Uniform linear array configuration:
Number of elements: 4
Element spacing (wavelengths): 0.25
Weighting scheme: kaiser
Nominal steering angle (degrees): -45
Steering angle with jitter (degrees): -44.215
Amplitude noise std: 0.05
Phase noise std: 0.05

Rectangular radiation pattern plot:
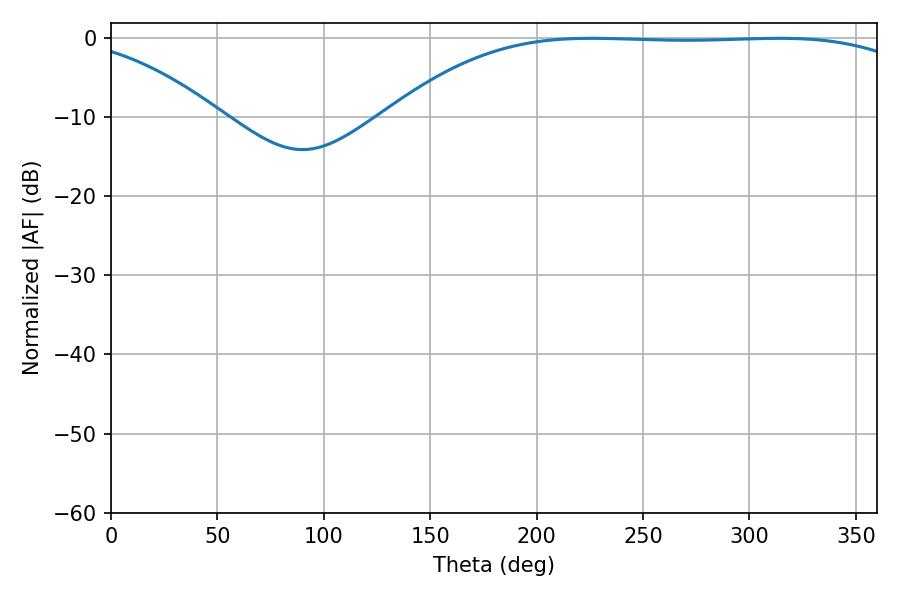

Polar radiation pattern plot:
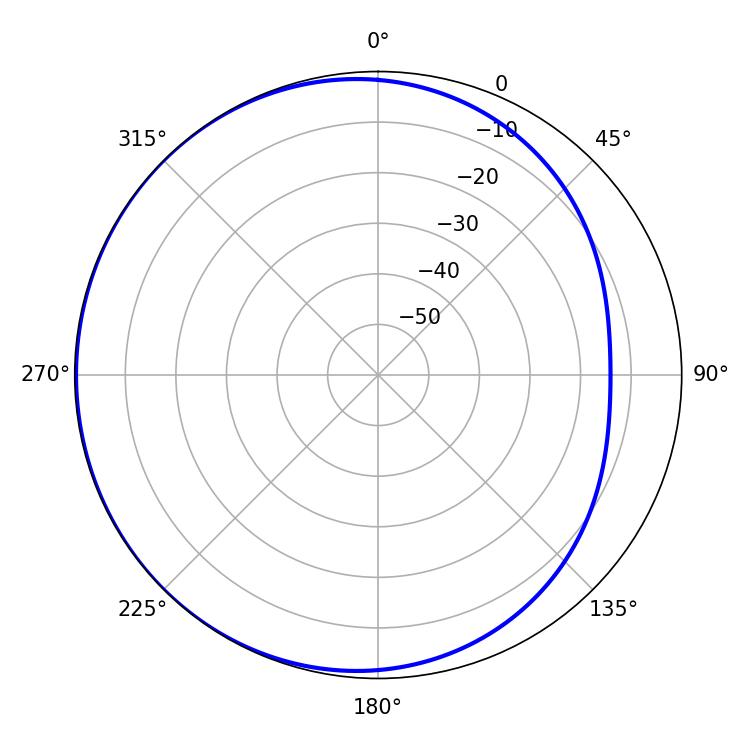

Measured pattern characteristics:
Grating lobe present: FALSE
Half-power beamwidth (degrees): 193.14
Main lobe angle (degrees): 225.9